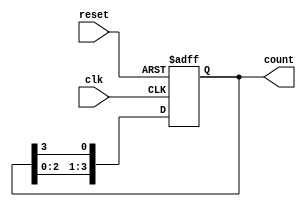
module RingCounter (
    input wire clk,
    input wire reset,
    output reg [3:0] count
);

always @(posedge clk or posedge reset) begin
    if (reset) begin
        count <= 4'b0001; // Initial state
    end else begin
        count <= {count[2:0], count[3]}; // Shift the bits in a ring
    end
end

endmodule